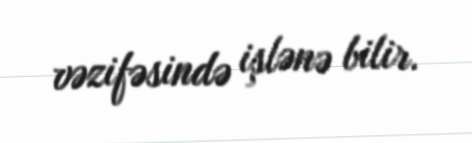
vəzifəsində işlənə bilir.